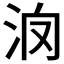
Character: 𣲿